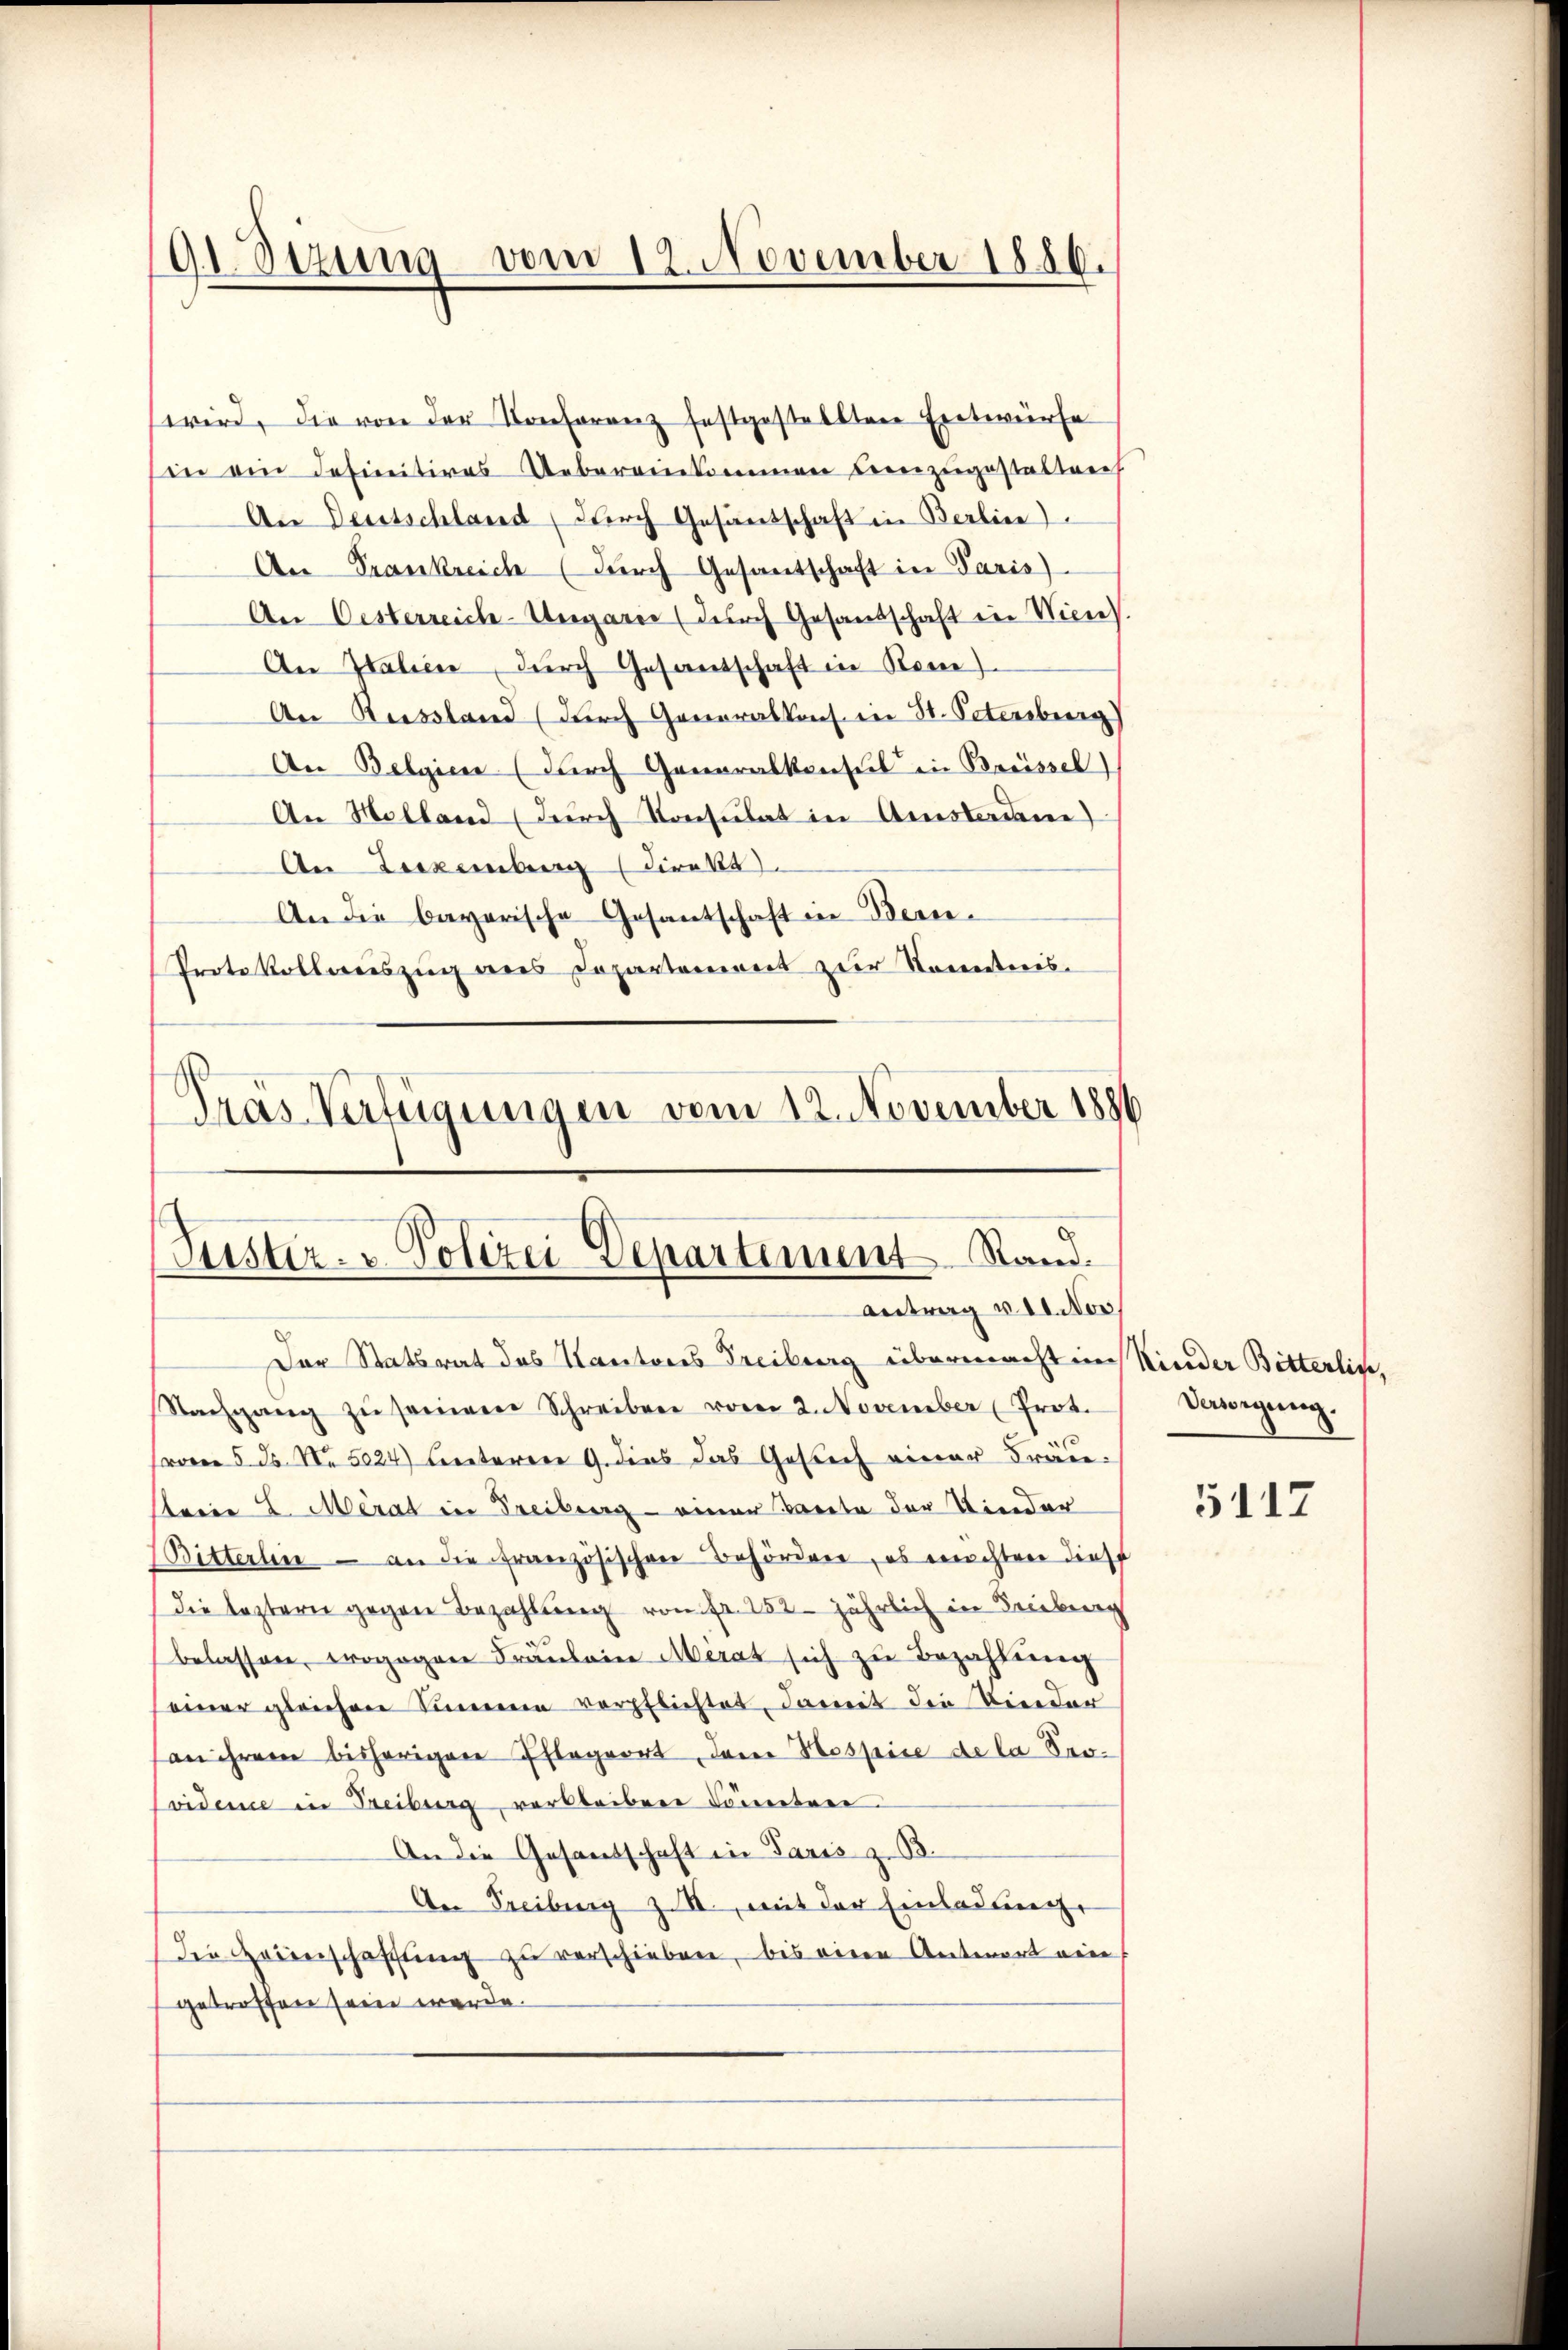
91. Sezung vom 12. November 1886.

wird, die von der Konferenz festgestellten Entwurfe
sin ein definitives Uebereinkommen einzugestalten
An Deutschland (durch Gesandschaft in Berline
An Trankreich (dŭrch Gesantschaft in Paris
An Oesterreich-Ungarie (durch Gesandschaft in Vice).
An Italien durch Gesantschaft in Rome)
An Russland (durch Generalkons. in St. Petersburg)
An Belgien (durch Generalkonsul in Brüssel)
An Molland (durch Konsulat in Amstaden)
An Liezemberg (Direkt
An die bayerische Gesantschaft in Berne¬
Protokollweiszug aus Departement zur Kenntnis¬
Pras Verfügungen vom 12. November 1886

Suster- u. Polizei Departement Rand.
Antrag v. 11. Nov

Der Statsrat des Kantons Freiburg übermacht in
Nachgang zŭ seinem Schreiben vom 2. November (Prot.
vom 5. ds. No. 5024) Beiteren 9. dies das Gesuch einer Fräusteine E. Merat in Freiberg - einer Tacita der Kinder
(Bitterlin - an die französischen Behörden, es machten dies
die leztern gegen Bezahlung von Fr. 152 jährlich in Leiburg
belassen, wogegen Fräŭlein Merat sich zu Bezahlung
einer gleichen Sinnern verpflichtet, damit die Kinder
an ihrem bisherigen Pflegeort, dem Hospice de la Ser-
Coidemie in Freiburg verbleiben Cometen
An die Gesandschaft in Paris zu B.
An Freiburg z. B., mit der Einladung,
Die Heimschaffung zu verschieben, bis eine Antwort ein
getroffen sein werde.

Kinder Bitterlin,
Vewegung.

5117